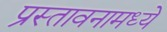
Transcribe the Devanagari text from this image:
प्रस्तावनामध्ये